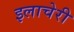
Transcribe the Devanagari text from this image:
इलाचेरी